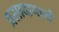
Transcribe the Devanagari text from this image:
प्रसादाचार्य